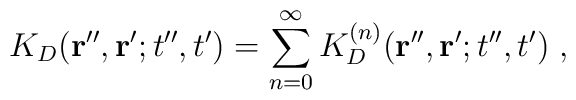
K_{D}({\bf r}'', {\bf r}' ; t'',t')= \sum_{n=0}^{\infty}K^{(n)}_{D}({\bf r}'', {\bf r}' ; t'',t')\; ,